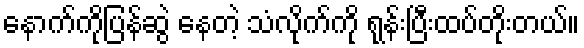
နောက်ကိုပြန်ဆွဲ နေတဲ့ သံလိုက်ကို ရုန်းပြီးထပ်တိုးတယ်။